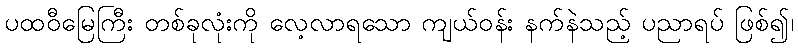
ပထဝီမြေကြီး တစ်ခုလုံးကို လေ့လာရသော ကျယ်ဝန်း နက်နဲသည့် ပညာရပ် ဖြစ်၍၊